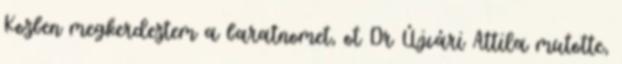
Kozben megkerdeztem a baratnomet, ot Dr Újvári Attila mutotte,